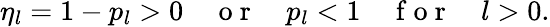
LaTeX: \eta_{l}=1-p_{l}>0\quad\mathrm{~o~r~}\quad p_{l}<1\quad\mathrm{~f~o~r~}\quad l>0.